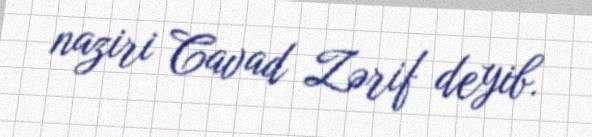
naziri Cavad Zərif deyib.